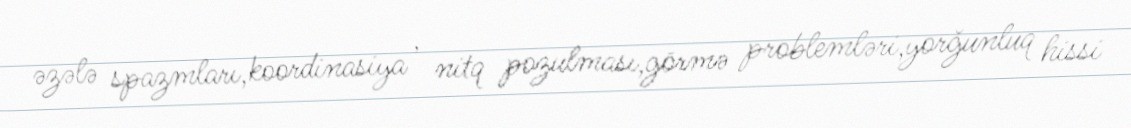
əzələ spazmları,koordinasiya , nitq pozulması,görmə problemləri,yorğunluq hissi